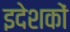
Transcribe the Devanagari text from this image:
इदेशकों